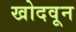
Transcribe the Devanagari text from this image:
खोदवून